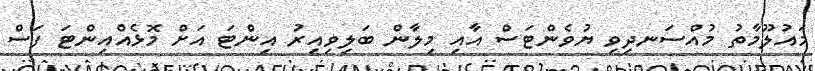
މައުލޫމާތު މުއްސަނދިވި ޔުވެންޓަސް އާއި މިލާން ބަލިވިއިރު އިންޓަ އަށް މޮޅެއްއިންޓަ ފަސް